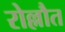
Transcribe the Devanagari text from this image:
रोल्लौत